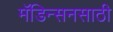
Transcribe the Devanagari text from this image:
मॅडिन्सनसाठी